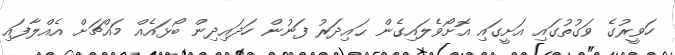
ހަވީރުގެ ވަގުތުގައި އަށީގައި އޮށޯވެލައިގެން ޙައިދަރު ފަނުން ހަދައިދިން ބޯޅައެއް މައްޗަށް އެއްލާފައި